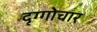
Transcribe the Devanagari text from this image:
दृग्गोचार